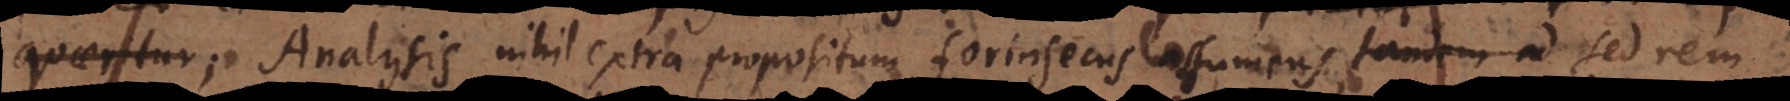
Analysis nihil extra propositum forinsecus assumens, sed rem